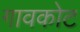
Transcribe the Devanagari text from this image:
गावकोट